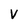
Character: V